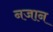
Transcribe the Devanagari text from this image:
नजान